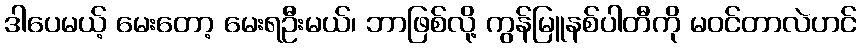
ဒါပေမယ့် မေးတော့ မေးရဦးမယ်၊ ဘာဖြစ်လို့ ကွန်မြူနစ်ပါတီကို မဝင်တာလဲဟင်